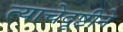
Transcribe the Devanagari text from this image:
त्याचेदृष्टीने